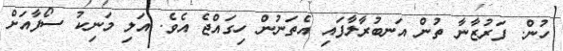
ހުން. ފަރުޒާނާ ތުން އަނބުރާލާފައި އެތަނުން ހިގައްޖެ އެވެ. އަލި މަނިކު ސޯފާއަށް